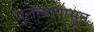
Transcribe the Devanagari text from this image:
चुलत्यापासून